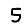
Digit: 5